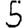
Digit: 5